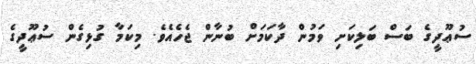
ސުޢޫދީގެ ބަސް ބަލިކަށި ވަމުން ދާކަމަށް ބުނާން ޖެހެއެވެ. މިކަމާ ގުޅިގެން ސުޢޫދީގެ